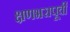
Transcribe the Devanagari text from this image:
क्षणभरापूर्वी